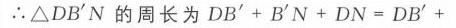
\(\therefore\triangle DB'N\)的周长为\(DB'+B'N + DN=DB'+\)